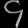
Digit: ၄